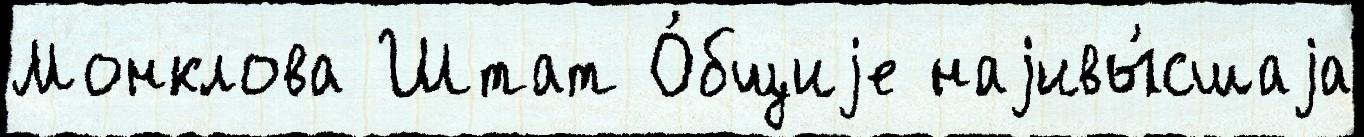
Монклова Штат О́бщиjе наjивы́сшаjа